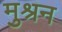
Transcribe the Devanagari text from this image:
मुश्रन